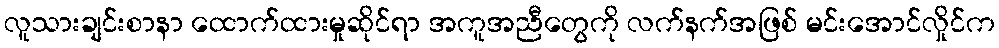
လူသားချင်းစာနာ ထောက်ထားမှုဆိုင်ရာ အကူအညီတွေကို လက်နက်အဖြစ် မင်းအောင်လှိုင်က